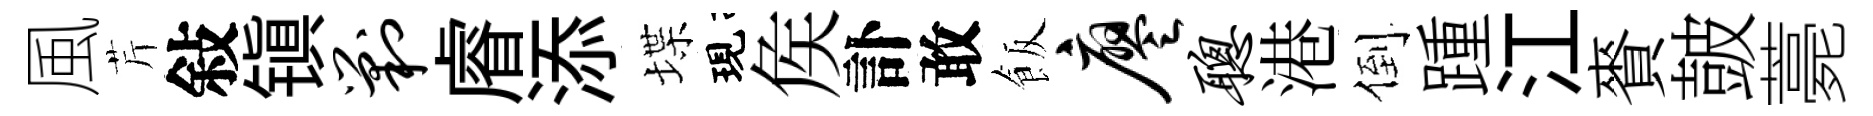
風芹敍镇剿𥈠添堞現矦訃敢飯廖聪港倒踵江賚皷薧